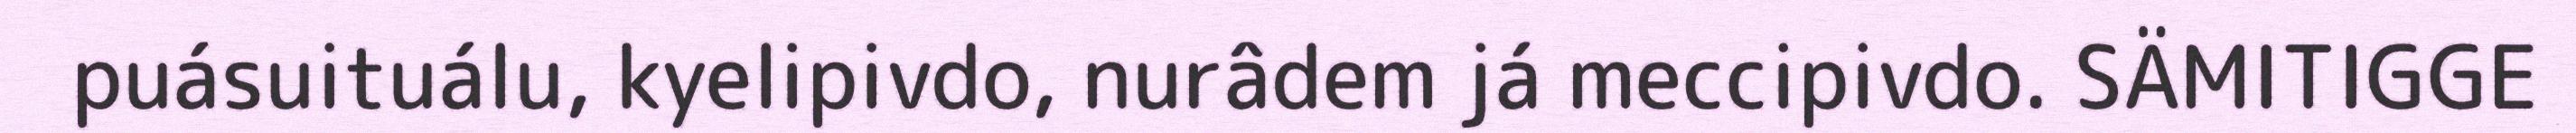
puásuituálu, kyelipivdo, nurâdem já meccipivdo. SÄMITIGGE